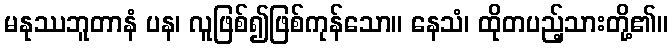
မနုဿဘူတာနံ ပန၊ လူဖြစ်၍ဖြစ်ကုန်သော။ နေသံ၊ ထိုတပည့်သားတို့၏။